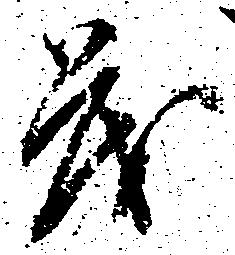
も